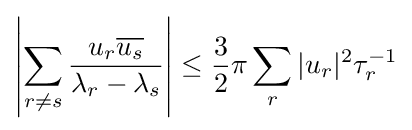
\left|\sum _{r\neq s}{\dfrac {u_{r}{\overline {u_{s}}}}{\lambda _{r}-\lambda _{s}}}\right|\leq {\dfrac {3}{2}}\pi \sum _{r}|u_{r}|^{2}\tau _{r}^{-1}